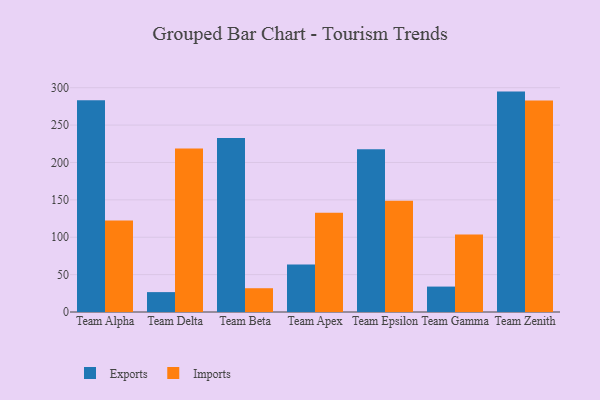
{"axis": {"x": "Team", "y": "Demand Index"}, "legend": ["Exports", "Imports"], "data": [{"x": "Team Alpha", "y": 283.3, "type": "Exports"}, {"x": "Team Alpha", "y": 122.3, "type": "Imports"}, {"x": "Team Delta", "y": 26.6, "type": "Exports"}, {"x": "Team Delta", "y": 218.7, "type": "Imports"}, {"x": "Team Beta", "y": 232.7, "type": "Exports"}, {"x": "Team Beta", "y": 31.8, "type": "Imports"}, {"x": "Team Apex", "y": 63.5, "type": "Exports"}, {"x": "Team Apex", "y": 132.8, "type": "Imports"}, {"x": "Team Epsilon", "y": 217.7, "type": "Exports"}, {"x": "Team Epsilon", "y": 148.7, "type": "Imports"}, {"x": "Team Gamma", "y": 34.0, "type": "Exports"}, {"x": "Team Gamma", "y": 103.6, "type": "Imports"}, {"x": "Team Zenith", "y": 294.8, "type": "Exports"}, {"x": "Team Zenith", "y": 282.9, "type": "Imports"}]}